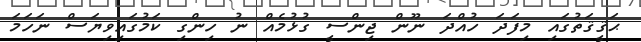
ޙަޤީޤަތުގައި މިފަދަ ހުއްދަ ނޫން ޖިންސީ ގުޅުމެއް ނު ހިންގި ކަމުގައިވިޔަސް ނަހަމަ